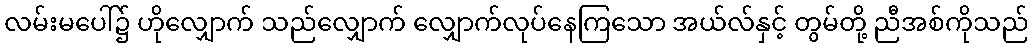
လမ်းမပေါ်၌ ဟိုလျှောက် သည်လျှောက် လျှောက်လုပ်နေကြသော အယ်လ်နှင့် တွမ်တို့ ညီအစ်ကိုသည်